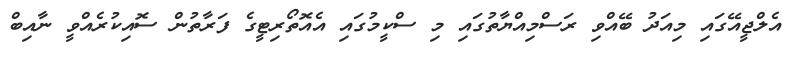
އެލްޖީއޭގައި މިއަދު ބޭއްވި ރަސްމިއްޔާތުގައި މި ސްކީމުގައި އެއޮތޯރިޓީގެ ފަރާތުން ސޮއިކުރެއްވީ ނާއިބް